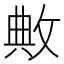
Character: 敟